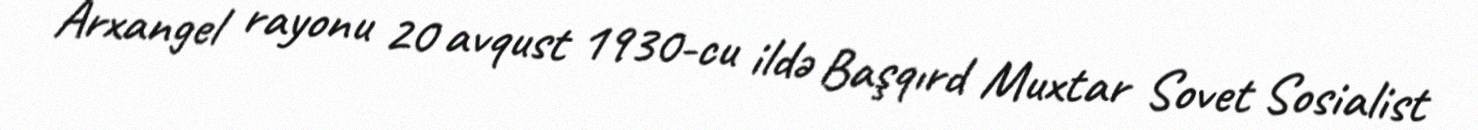
Arxangel rayonu 20 avqust 1930-cu ildə Başqırd Muxtar Sovet Sosialist